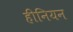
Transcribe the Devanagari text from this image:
हीनियन